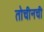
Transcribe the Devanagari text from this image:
तोचीनची